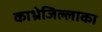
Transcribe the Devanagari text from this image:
काभ्रेजिल्लाका